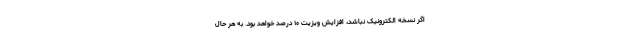
اگر نسخه الکترونیک نباشد، افزایش ویزیت ۱۰ درصد خواهد بود. به هر حال